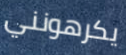
يكرهونني